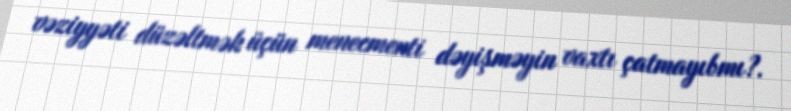
vəziyyəti düzəltmək üçün menecmenti dəyişməyin vaxtı çatmayıbmı?.